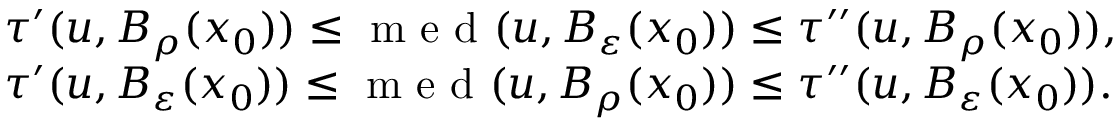
\begin{array} { r l } & { \tau ^ { \prime } ( u , B _ { \rho } ( x _ { 0 } ) ) \leq \textnormal { m e d } ( u , B _ { \varepsilon } ( x _ { 0 } ) ) \leq \tau ^ { \prime \prime } ( u , B _ { \rho } ( x _ { 0 } ) ) , } \\ & { \tau ^ { \prime } ( u , B _ { \varepsilon } ( x _ { 0 } ) ) \leq \textnormal { m e d } ( u , B _ { \rho } ( x _ { 0 } ) ) \leq \tau ^ { \prime \prime } ( u , B _ { \varepsilon } ( x _ { 0 } ) ) . } \end{array}